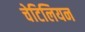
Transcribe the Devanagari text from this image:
चेटिलियन